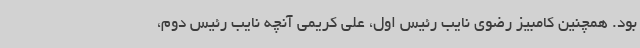
بود. همچنین کامبیز رضوی نایب رئیس اول، علی کریمی آنچه نایب رئیس دوم،